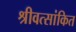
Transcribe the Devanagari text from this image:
श्रीवत्सांकित